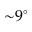
{ \sim } 9 ^ { \circ }